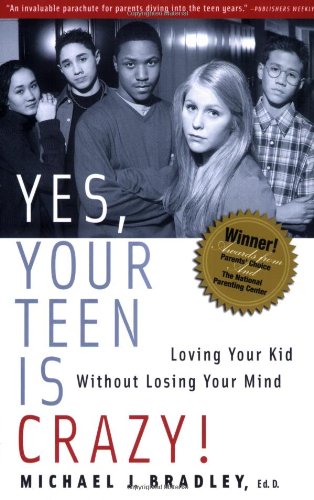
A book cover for Yes, Your Teen is Crazy!: Loving Your Kid Without Losing Your Mind; Michael J. Bradley; Parenting & Relationships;